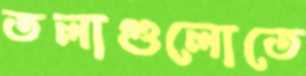
তলাগুলোতে